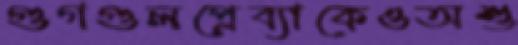
গুগগুলপ্লেব্যাকেওঅশু